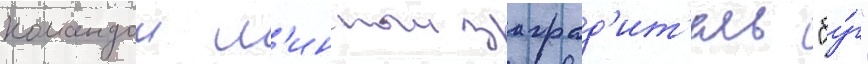
командои м'инныи заград'ит'ель "бу́г"